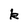
Character: k